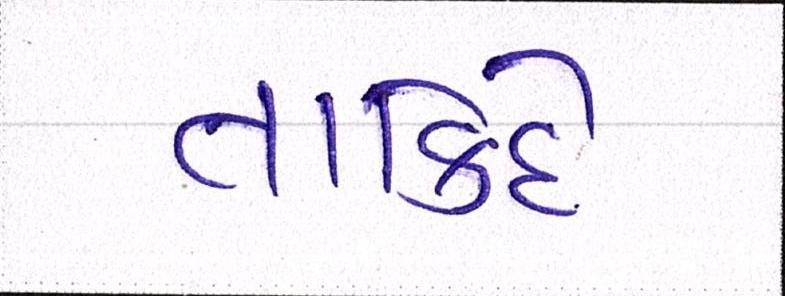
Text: તાકિદે